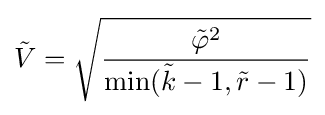
{\tilde {V}}={\sqrt {\frac {{\tilde {\varphi }}^{2}}{\min({\tilde {k}}-1,{\tilde {r}}-1)}}}